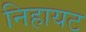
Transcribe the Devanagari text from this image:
निहायट